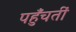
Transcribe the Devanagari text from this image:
पहुँचतीं